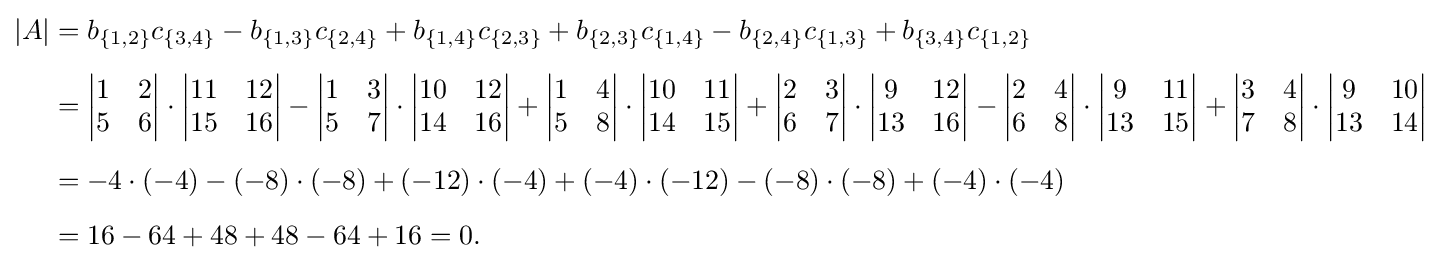
{\begin{aligned}|A|&=b_{\{1,2\}}c_{\{3,4\}}-b_{\{1,3\}}c_{\{2,4\}}+b_{\{1,4\}}c_{\{2,3\}}+b_{\{2,3\}}c_{\{1,4\}}-b_{\{2,4\}}c_{\{1,3\}}+b_{\{3,4\}}c_{\{1,2\}}\\[5pt]&={\begin{vmatrix}1&2\\5&6\end{vmatrix}}\cdot {\begin{vmatrix}11&12\\15&16\end{vmatrix}}-{\begin{vmatrix}1&3\\5&7\end{vmatrix}}\cdot {\begin{vmatrix}10&12\\14&16\end{vmatrix}}+{\begin{vmatrix}1&4\\5&8\end{vmatrix}}\cdot {\begin{vmatrix}10&11\\14&15\end{vmatrix}}+{\begin{vmatrix}2&3\\6&7\end{vmatrix}}\cdot {\begin{vmatrix}9&12\\13&16\end{vmatrix}}-{\begin{vmatrix}2&4\\6&8\end{vmatrix}}\cdot {\begin{vmatrix}9&11\\13&15\end{vmatrix}}+{\begin{vmatrix}3&4\\7&8\end{vmatrix}}\cdot {\begin{vmatrix}9&10\\13&14\end{vmatrix}}\\[5pt]&=-4\cdot (-4)-(-8)\cdot (-8)+(-12)\cdot (-4)+(-4)\cdot (-12)-(-8)\cdot (-8)+(-4)\cdot (-4)\\[5pt]&=16-64+48+48-64+16=0.\end{aligned}}